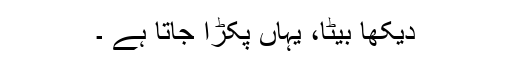
دیکھا بیٹا، یہاں پکڑا جاتا ہے ۔